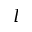
l